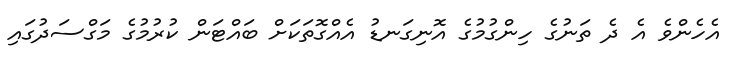
އެހެންވެ އެ ދެ ތަނުގެ ހިންގުމުގެ އޮނިގަނޑު އެއްގޮތަކަށް ބައްޓަން ކުރުމުގެ މަގްސަދުގައި